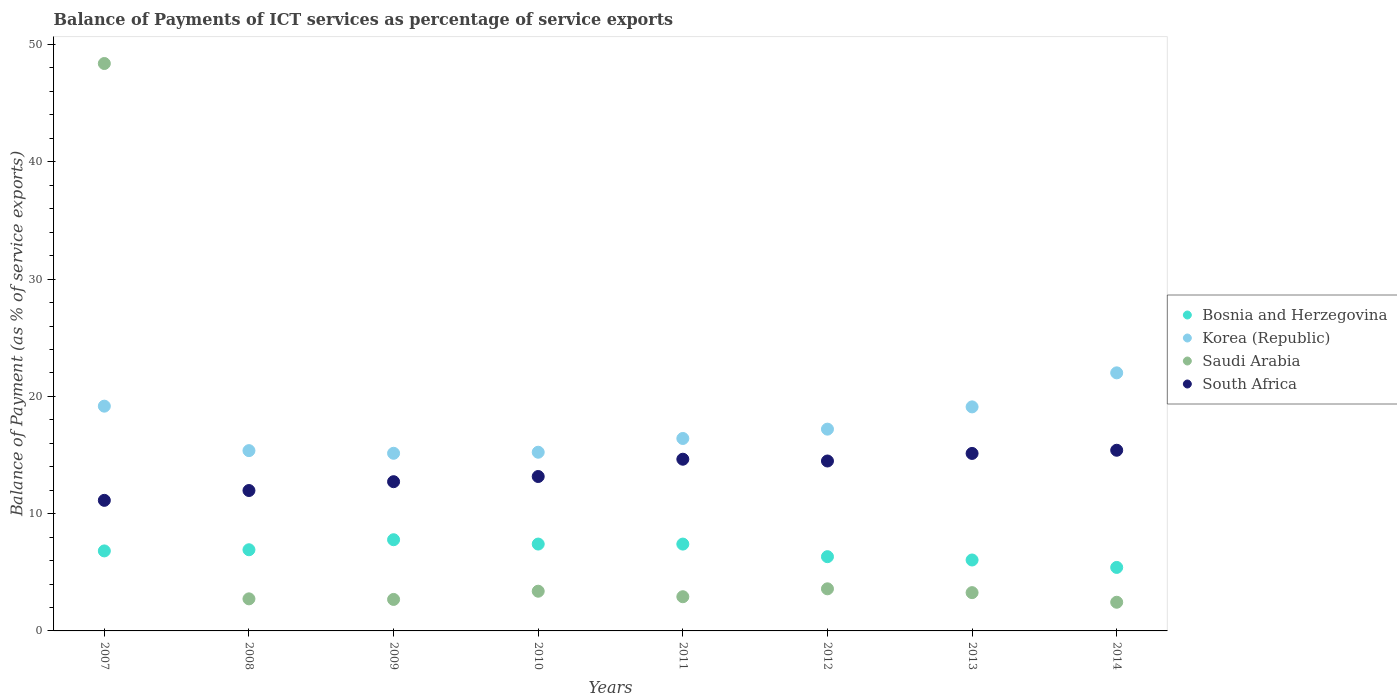
| Years | Bosnia and Herzegovina | Korea (Republic) | Saudi Arabia | South Africa |
 | --- | --- | --- | --- | --- |
 | 2007 | 6.82 | 19.2 | 48.4 | 11.1 |
 | 2008 | 6.92 | 15.4 | 2.73 | 12 |
 | 2009 | 7.78 | 15.1 | 2.68 | 12.7 |
 | 2010 | 7.41 | 15.2 | 3.39 | 13.2 |
 | 2011 | 7.4 | 16.4 | 2.92 | 14.6 |
 | 2012 | 6.33 | 17.2 | 3.59 | 14.5 |
 | 2013 | 6.05 | 19.1 | 3.26 | 15.1 |
 | 2014 | 5.41 | 22 | 2.44 | 15.4 |